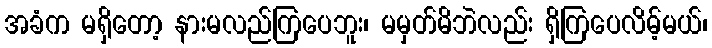
အခံက မရှိတော့ နားမလည်ကြပေဘူး၊ မမှတ်မိဘဲလည်း ရှိကြပေလိမ့်မယ်၊